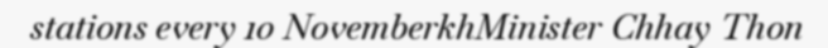
stations every 10 NovemberkhMinister Chhay Thon